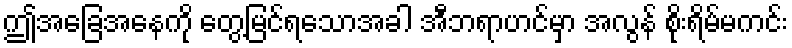
ဤအခြေအနေကို တွေ့မြင်ရသောအခါ အီဘရာဟင်မှာ အလွန် စိုးရိမ်မကင်း